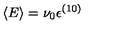
\langle E \rangle = \nu _ { 0 } { \epsilon } ^ { ( 1 0 ) }